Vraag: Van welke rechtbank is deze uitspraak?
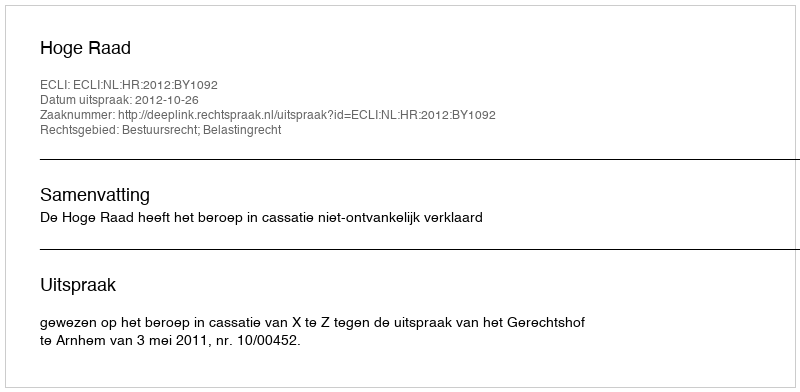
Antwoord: Hoge Raad